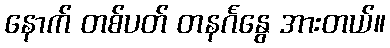
နောက် တစ်ပတ် တနင်္ဂနွေ အားတယ်။